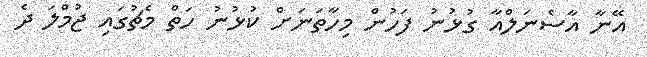
އޭނާ އާސެނަލްއާ ގުޅުނު ފަހުން މިހާތަނަށް ކުޅުނު ހަތް މެޗުގައި ޖުމްލަ ދެ